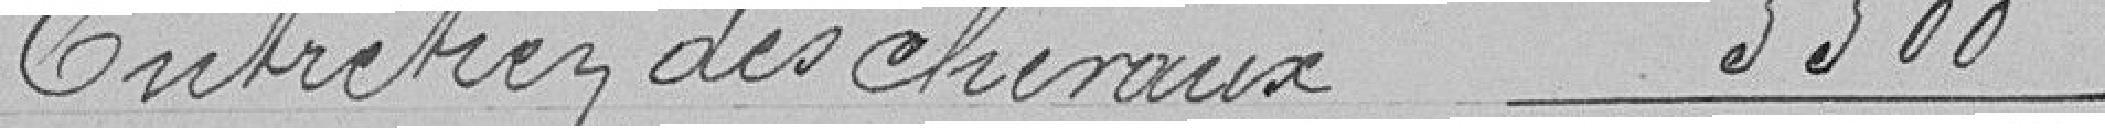
Entretien des chevaux 5 500